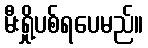
မီးရှို့ပစ်ရပေမည်။